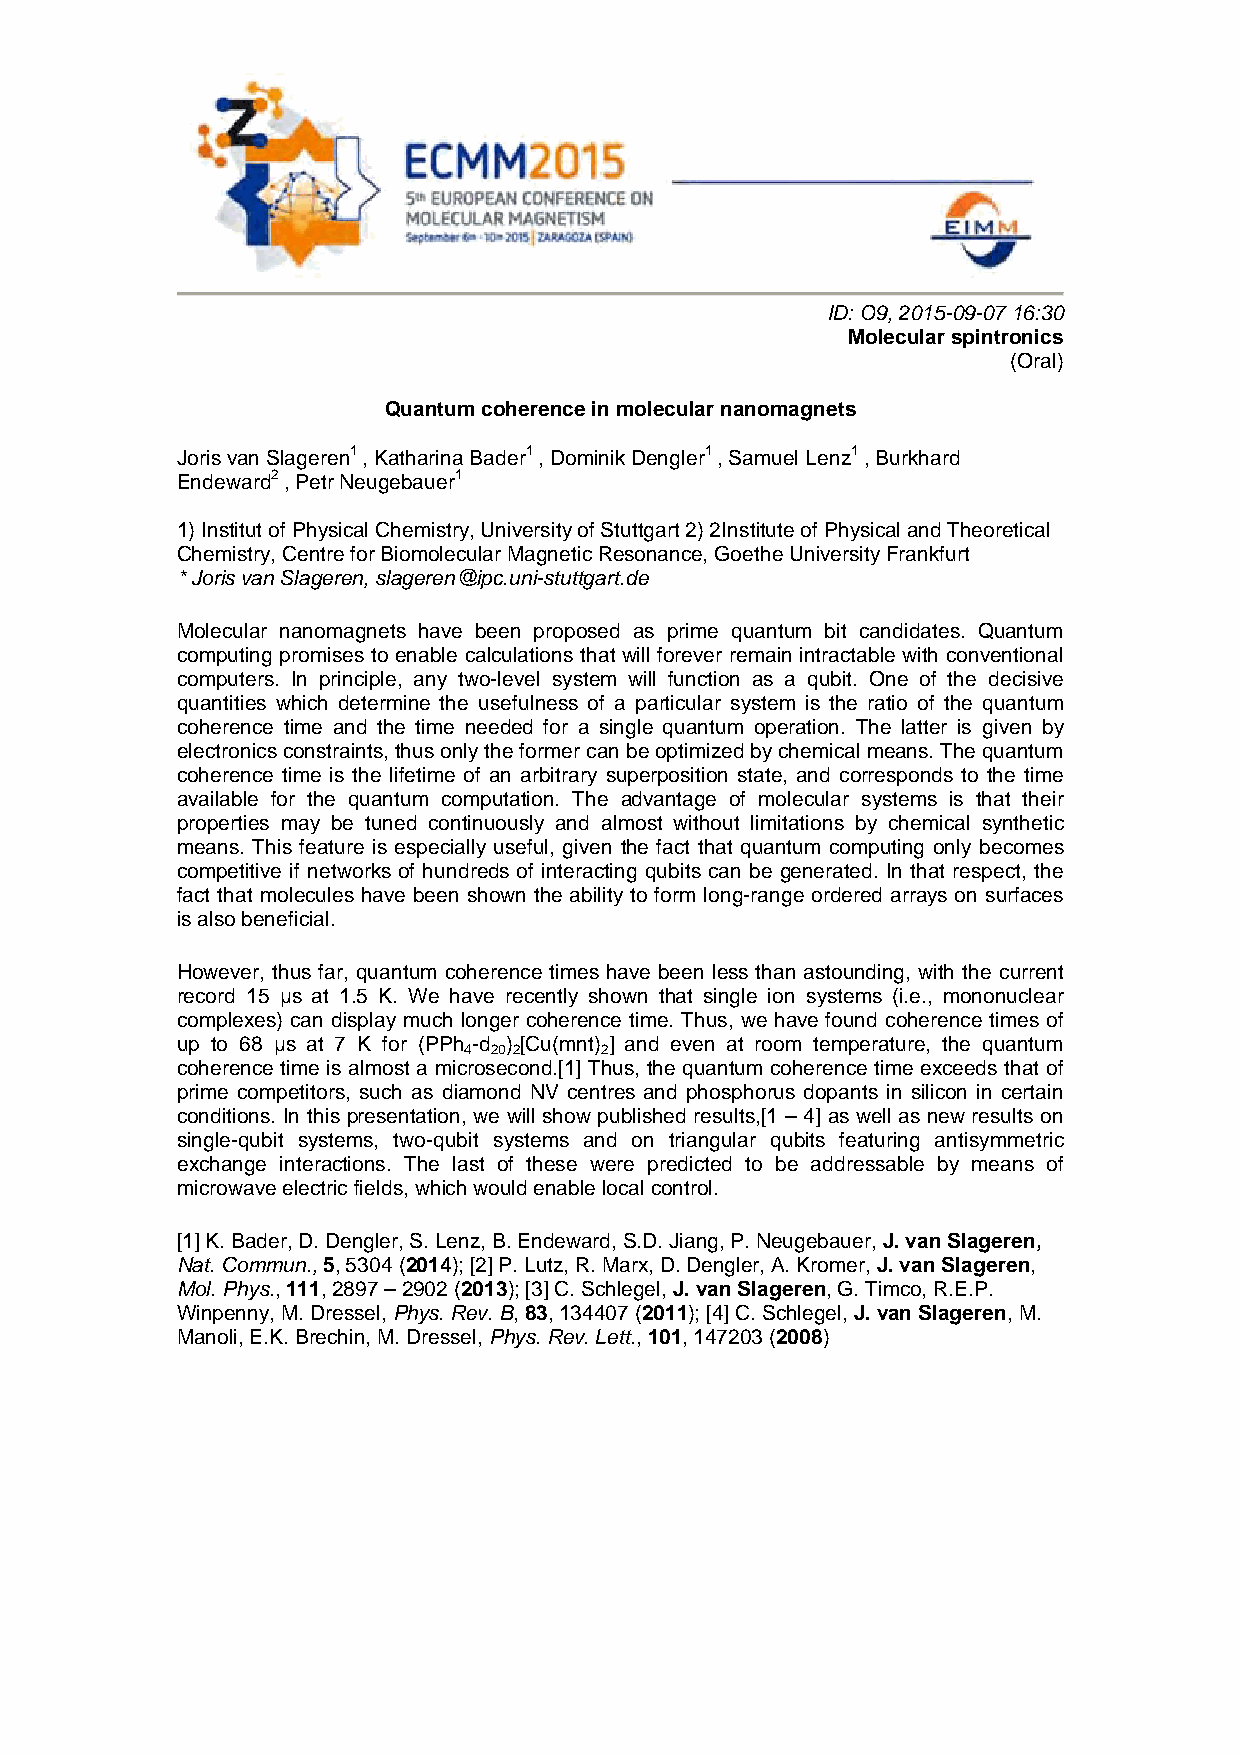
ID: O9, 2015-09-07 16:30
 Molecular spintronics
 (Oral)
 Quantum coherence in molecular nanomagnets
 Joris van Slageren1 , Katharina Bader1 , Dominik Dengler1 , Samuel Lenz1 , Burkhard
 Endeward2 , Petr Neugebauer1
 1) Institut of Physical Chemistry, University of Stuttgart 2) 2Institute of Physical and Theoretical
 Chemistry, Centre for Biomolecular Magnetic Resonance, Goethe University Frankfurt
 * Joris van Slageren, slageren@ipc.uni-stuttgart.de
 Molecular nanomagnets have been proposed as prime quantum bit candidates. Quantum
 computing promises to enable calculations that will forever remain intractable with conventional
 computers. In principle, any two-level system will function as a qubit. One of the decisive
 quantities which determine the usefulness of a particular system is the ratio of the quantum
 coherence time and the time needed for a single quantum operation. The latter is given by
 electronics constraints, thus only the former can be optimized by chemical means. The quantum
 coherence time is the lifetime of an arbitrary superposition state, and corresponds to the time
 available for the quantum computation. The advantage of molecular systems is that their
 properties may be tuned continuously and almost without limitations by chemical synthetic
 means. This feature is especially useful, given the fact that quantum computing only becomes
 competitive if networks of hundreds of interacting qubits can be generated. In that respect, the
 fact that molecules have been shown the ability to form long-range ordered arrays on surfaces
 is also beneficial.
 However, thus far, quantum coherence times have been less than astounding, with the current
 record 15 μs at 1.5 K. We have recently shown that single ion systems (i.e., mononuclear
 complexes) can display much longer coherence time. Thus, we have found coherence times of
 up to 68 μs at 7 K for (PPh -d ) [Cu(mnt) ] and even at room temperature, the quantum
 4 20 2   2
 coherence time is almost a microsecond.[1] Thus, the quantum coherence time exceeds that of
 prime competitors, such as diamond NV centres and phosphorus dopants in silicon in certain
 conditions. In this presentation, we will show published results,[1 – 4] as well as new results on
 single-qubit systems, two-qubit systems and on triangular qubits featuring antisymmetric
 exchange interactions. The last of these were predicted to be addressable by means of
 microwave electric fields, which would enable local control.
 [1] K. Bader, D. Dengler, S. Lenz, B. Endeward, S.D. Jiang, P. Neugebauer, J. van Slageren,
 Nat. Commun., 5, 5304 (2014); [2] P. Lutz, R. Marx, D. Dengler, A. Kromer, J. van Slageren,
 Mol. Phys., 111, 2897 – 2902 (2013); [3] C. Schlegel, J. van Slageren, G. Timco, R.E.P.
 Winpenny, M. Dressel, Phys. Rev. B, 83, 134407 (2011); [4] C. Schlegel, J. van Slageren, M.
 Manoli, E.K. Brechin, M. Dressel, Phys. Rev. Lett., 101, 147203 (2008)